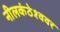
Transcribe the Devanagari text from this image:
नीलकंठेश्‍ववर